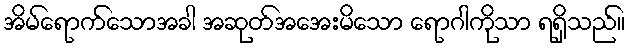
အိမ်ရောက်သောအခါ အဆုတ်အအေးမိသော ရောဂါကိုသာ ရရှိသည်။